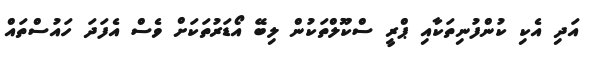
އަދި އެކި ކުންފުނިތަކާއި ޕްރީ ސްކޫލްތަކުން ލިބޭ އޯޑަރުތަކަށް ވެސް އެފަދަ ހައުސްތައް